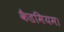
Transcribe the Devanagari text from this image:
कैडमियम।